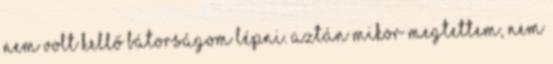
nem volt kellő bátorságom lépni. Aztán mikor megtettem, nem